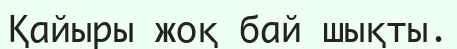
Қайыры жоқ бай шықты.